Lunatic asylums United Provinces 1909-1921 - 1909-1921
Year: 1909
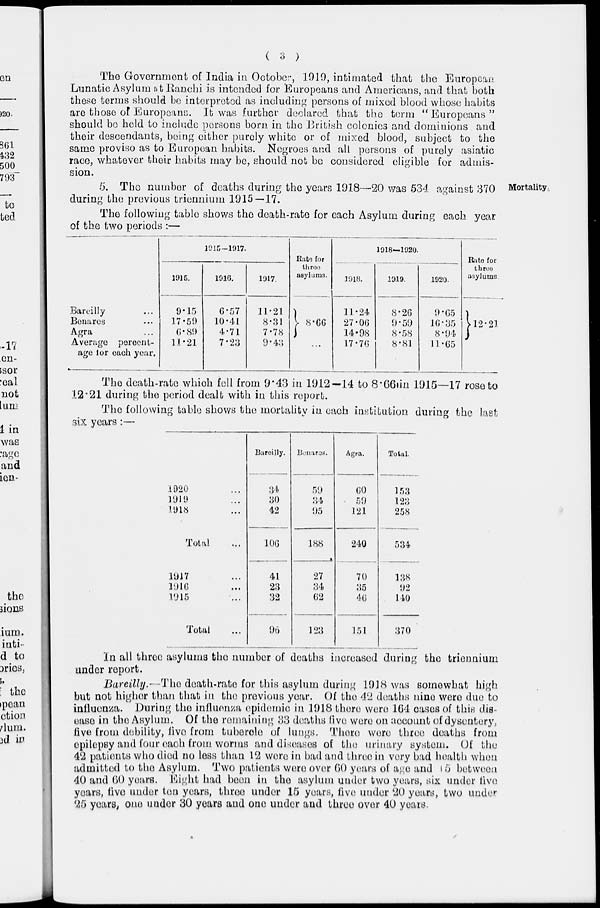
( 3 )
The Government of India in October, 1919, intimated that the European
Lunatic Asylum at Ranchi is intended for Europeans and Americans, and that both
these terms should be interpreted as including persons of mixed blood whose habits
are those of Europeans. It was further declared that the term " Europeans "
should be held to include persons born in the British colonies and dominions and
their descendants, being either purely white or of mixed blood, subject to the
same proviso as to European habits. Negroes and all persons of purely asiatic
race, whatever their habits may be, should not be considered eligible for admis-
sion.
Mortality
5. The number of deaths during the years 1918—20 was 534 against 370
during the previous triennium 1915—17.
The following table shows the death-rate for each Asylum during each year
of the two periods:—
Bareilly ...
Benares ...
Agra ...
Average percent-
age for each year.
1915-1917.
1915.
9.15
17.59
6.89
11.21
1916.
6.57
10.41
4.71
7.23
1917.
11.21
8.31
7.78
9.43
Rate for
three
asylums.
8.66
...
1918—1920.
1918.
11.24
27.06
14.98
17.76
1919.
8.26
9.59
8.58
8.81
1920.
9.65
16.35
8.94
11.65
Rate for
three
asylums.
12.21
The death-rate which fell from 9.43 in 1912—14 to 8.66 in 1915—17 rose to
12.21 during the period dealt with in this report.
The following table shows the mortality in each institution during the last
six years :—
1920 ...
1919 ...
1918 ...
Total ...
1917 ...
1916 ...
1915 ...
Total ...
Bareilly.
34
30
42
106
41
23
32
96
Benares.
59
34
95
188
27
34
62
123
Agra.
60
59
121
240
70
35
46
151
Total.
153
123
258
534
138
92
140
370
In all three asylums the number of deaths increased during the triennium
under report.
Bareilly.— The death-rate for this asylum during 1918 was somewhat high
but not higher than that in the previous year. Of the 42 deaths nine were due to
influenza. During the influenza epidemic in 1918 there were 164 cases of this dis-
ease in the Asylum. Of the remaining 33 deaths five were on account of dysentery,
five from debility, five from tubercle of lungs. There were three deaths from
epilepsy and four each from worms and diseases of the urinary system. Of the
42 patients who died no less than 12 were in bad and three in very bad health when
admitted to the Asylum. Two patients were over 60 years of age and 15 between
40 and 60 years. Eight had been in the asylum under two years, six under live
years, five under ten years, three under 15 years, five under 20 years, two under
25 years, one under 30 years and one under and three over 40 years.